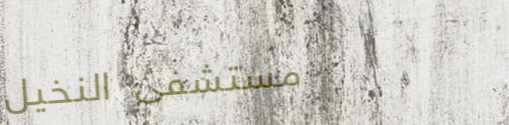
مستشفى النخيل